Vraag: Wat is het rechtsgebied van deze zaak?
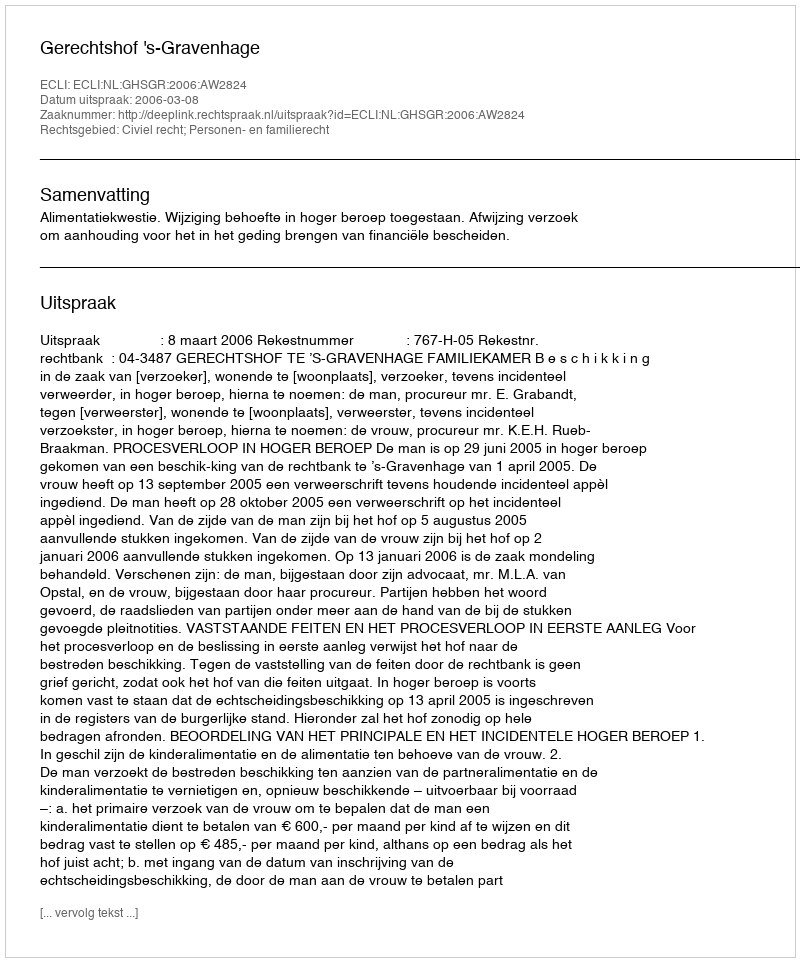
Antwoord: Civiel recht; Personen- en familierecht